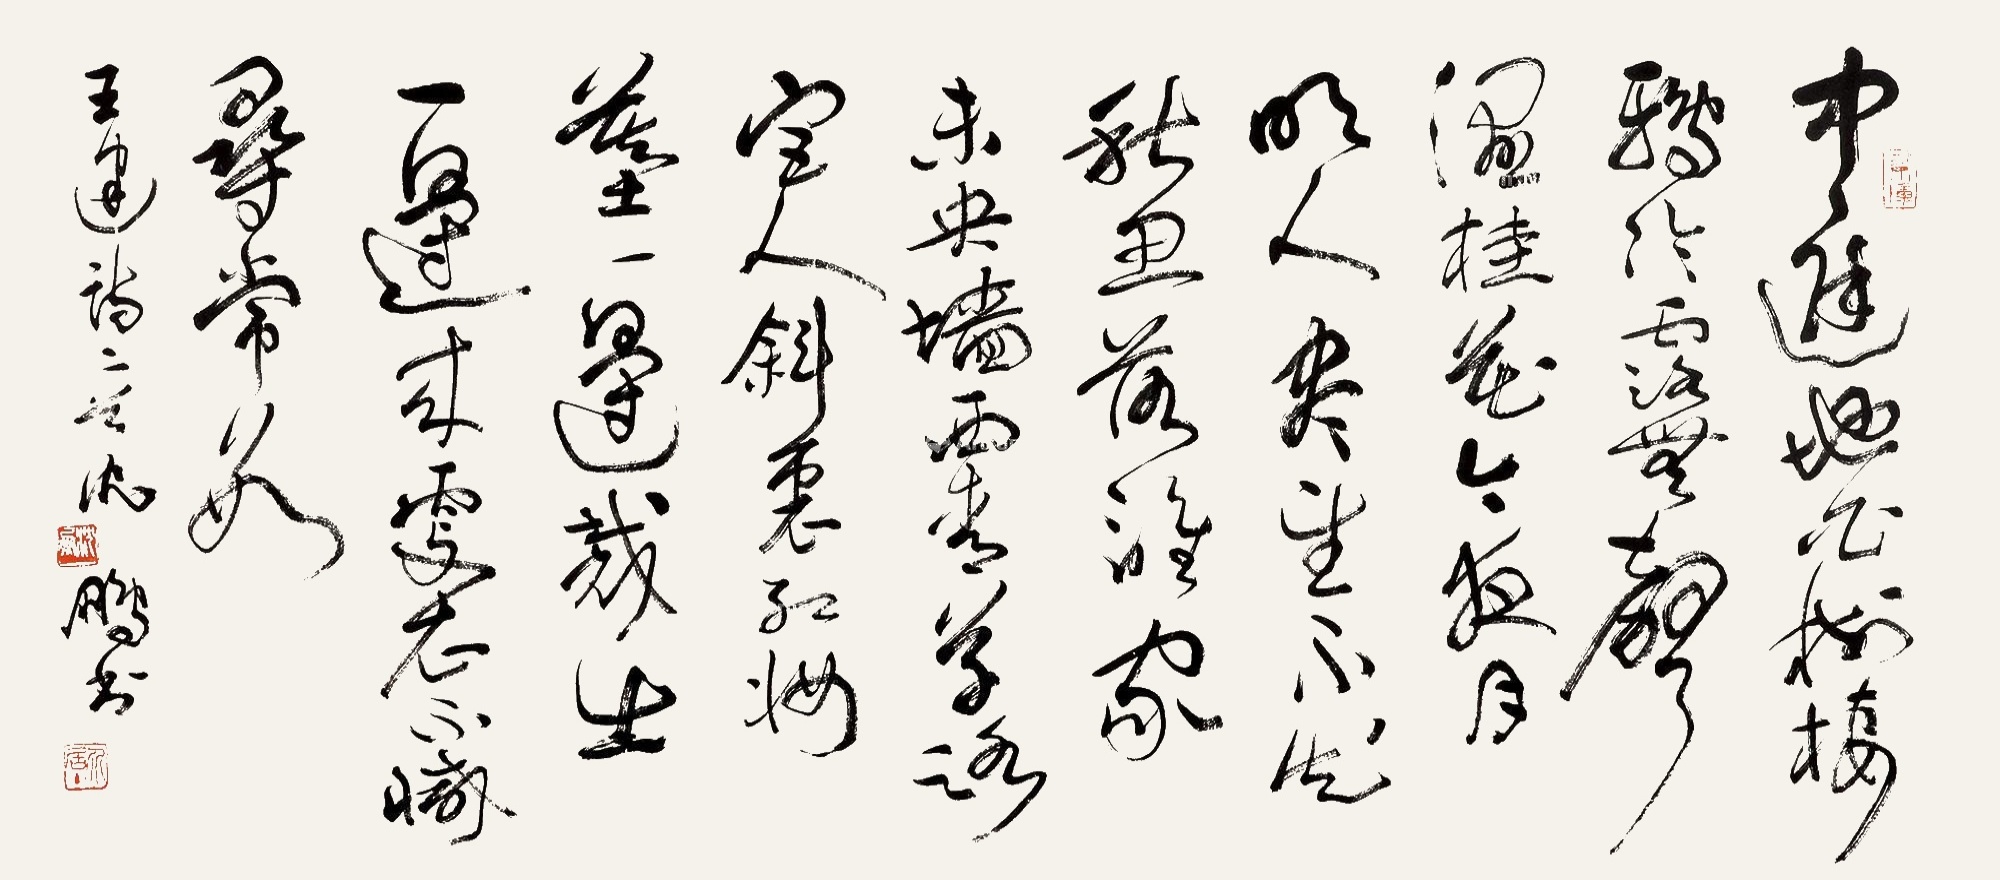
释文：中庭地白树栖鸦，冷露无声湿桂花。今夜月明人尽望，不知秋思落谁家?未央墙西青草路，宫人斜里红妆墓。一边载出一边来，更衣不减寻常数。王建诗二首，沈鹏书。